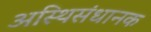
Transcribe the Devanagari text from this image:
अस्थिसंधानक